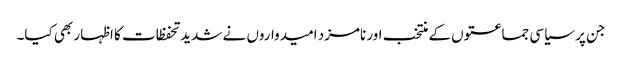
جن پر سیاسی جماعتوں کے منتخب اور نامزد امیدواروں نے شدید تحفظات کا اظہار بھی کیا۔